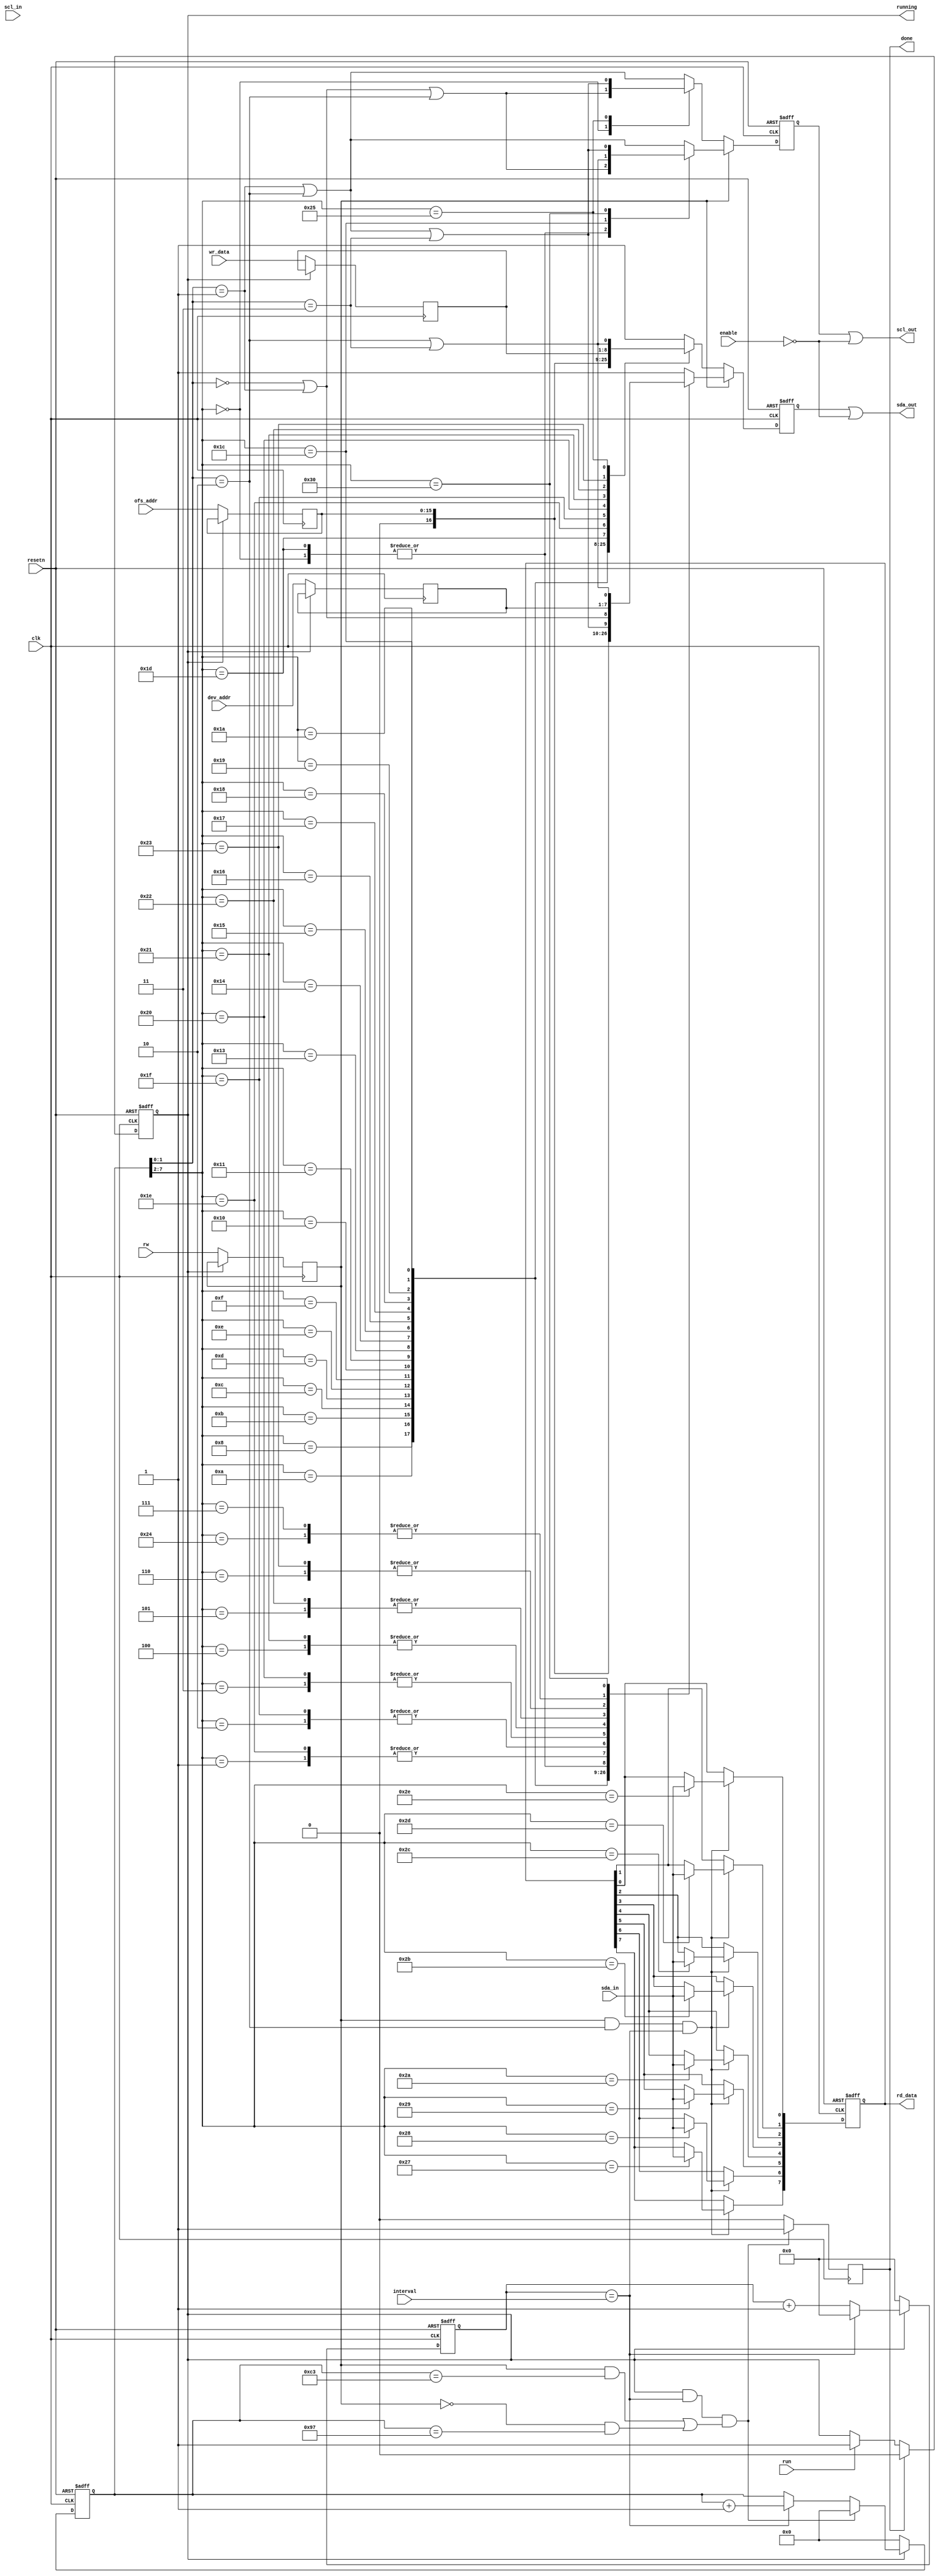
`timescale 1ns / 100ps

module lsc_i2cm_16(
input		clk,     	// clk 24MHz
input           enable,
input		rw,    		// read/write, 1:read, 0:write
input		run,    	// start (level sensitive for repeat run)
input   [5:0]   interval,
input	[6:0]	dev_addr, 
input	[15:0]	ofs_addr, 
input   [7:0]   wr_data,
input		scl_in, 
input		sda_in,  
output    	scl_out, 
output    	sda_out, 
output reg      running,
output reg	done,    	// done (pulse)
output reg [7:0]rd_data, 
input		resetn
);

reg	[5:0]	interval_cnt;
reg	[7:0]   main_cnt;
wire	[1:0]	tick_cnt;
wire	[5:0]	seq_cnt;
wire		tick;

reg	[6:0]	dev_addr_lat;
reg	[15:0]	ofs_addr_lat;
reg	[7:0]	wr_data_lat;
reg		rw_lat;

reg		r_scl_out;
reg		r_sda_out;

always @(posedge clk)
begin
    if(running != 1'b1) begin
	dev_addr_lat <= dev_addr;
	ofs_addr_lat <= ofs_addr;
	wr_data_lat  <= wr_data ;
	rw_lat       <= rw;
    end
end

always @(posedge clk or negedge resetn)
begin
    if(resetn == 1'b0)
	interval_cnt <= 6'b0;
    else if(running == 1'b0)
	interval_cnt <= 6'b0;
    else if(tick)
	interval_cnt <= 6'b0;
    else 
	interval_cnt <= interval_cnt + 6'b1;
end

assign tick = (interval_cnt == interval);

assign tick_cnt = main_cnt[1:0];
assign seq_cnt  = main_cnt[7:2];

always @(posedge clk or negedge resetn)
begin
    if(resetn == 1'b0)
	main_cnt <= 8'b0;
    else if(running == 1'b0)
	main_cnt <= 8'b0;
    else if(running && tick && (((rw_lat == 1'b1) && (main_cnt == 8'd195)) || ((rw_lat == 1'b0) && (main_cnt == 8'd151))))
	main_cnt <= 8'b0;
    else if(tick)
	main_cnt <= main_cnt + 8'd1;
end

always @(posedge clk or negedge resetn)
begin
    if(resetn == 1'b0) running <= 1'b0;
    else if(done)      running <= 1'b0;
    else if(run)       running <= 1'b1;
end

always @(posedge clk)
begin
    if(running && tick && (((rw_lat == 1'b1) && (main_cnt == 8'd195)) || ((rw_lat == 1'b0) && (main_cnt == 8'd151))))
	done <= 1'b1;
    else
	done <= 1'b0;
end

always @(posedge clk or negedge resetn)
begin
    if(resetn == 1'b0) 
	r_scl_out <= 1'b1;
    else if(rw_lat == 1'b1)
	case(seq_cnt)
	    6'd0, 6'd29: // start
		r_scl_out <= (tick_cnt == 2'd0) || (tick_cnt == 2'd1) || (tick_cnt == 2'd2);
	    6'd28: // restart
		r_scl_out <= (tick_cnt == 2'd2) || (tick_cnt == 2'd3);
	    6'd48: // stop
		r_scl_out <= (tick_cnt == 2'd1) || (tick_cnt == 2'd2) || (tick_cnt == 2'd3);
	    default: // normal bit, restart
		r_scl_out <= (tick_cnt == 2'd1) || (tick_cnt == 2'd2);
	endcase
    else case (seq_cnt)
	    6'd0: // start
		r_scl_out <= (tick_cnt == 2'd0) || (tick_cnt == 2'd1) || (tick_cnt == 2'd2);
	    6'd37: // stop
		r_scl_out <= (tick_cnt == 2'd1) || (tick_cnt == 2'd2) || (tick_cnt == 2'd3);
	    default: // normal bit
		r_scl_out <= (tick_cnt == 2'd1) || (tick_cnt == 2'd2);
	endcase
end

always @(posedge clk or negedge resetn)
begin
    if(resetn == 1'b0) 
	r_sda_out <= 1'b1;
    else if(rw_lat == 1'b1)
	case(seq_cnt)
	    6'd0: // start
		r_sda_out <= (tick_cnt == 2'd0) || (tick_cnt == 2'd1);
	    6'd1:
		r_sda_out <= dev_addr_lat[6];
	    6'd2:
		r_sda_out <= dev_addr_lat[5];
	    6'd3:
		r_sda_out <= dev_addr_lat[4];
	    6'd4:
		r_sda_out <= dev_addr_lat[3];
	    6'd5:
		r_sda_out <= dev_addr_lat[2];
	    6'd6:
		r_sda_out <= dev_addr_lat[1];
	    6'd7:
		r_sda_out <= dev_addr_lat[0];
	    6'd8: // rw - write
		r_sda_out <= 1'b0;
	    // d9: ack
	    6'd10:
		r_sda_out <= ofs_addr_lat[15];
	    6'd11:
		r_sda_out <= ofs_addr_lat[14];
	    6'd12:
		r_sda_out <= ofs_addr_lat[13];
	    6'd13:
		r_sda_out <= ofs_addr_lat[12];
	    6'd14:
		r_sda_out <= ofs_addr_lat[11];
	    6'd15:
		r_sda_out <= ofs_addr_lat[10];
	    6'd16:
		r_sda_out <= ofs_addr_lat[9];
	    6'd17:
		r_sda_out <= ofs_addr_lat[8];
	    // d18: ack
	    6'd19:
		r_sda_out <= ofs_addr_lat[7];
	    6'd20:
		r_sda_out <= ofs_addr_lat[6];
	    6'd21:
		r_sda_out <= ofs_addr_lat[5];
	    6'd22:
		r_sda_out <= ofs_addr_lat[4];
	    6'd23:
		r_sda_out <= ofs_addr_lat[3];
	    6'd24:
		r_sda_out <= ofs_addr_lat[2];
	    6'd25:
		r_sda_out <= ofs_addr_lat[1];
	    6'd26:
		r_sda_out <= ofs_addr_lat[0];
	    // d27: ack
	    6'd28: // restart
		r_sda_out <= (tick_cnt == 2'd1) || (tick_cnt == 2'd2) || (tick_cnt == 2'd3);
	    6'd29: // start
		r_sda_out <= (tick_cnt == 2'd0) || (tick_cnt == 2'd1);
	    6'd30:
		r_sda_out <= dev_addr_lat[6];
	    6'd31:
		r_sda_out <= dev_addr_lat[5];
	    6'd32:
		r_sda_out <= dev_addr_lat[4];
	    6'd33:
		r_sda_out <= dev_addr_lat[3];
	    6'd34:
		r_sda_out <= dev_addr_lat[2];
	    6'd35:
		r_sda_out <= dev_addr_lat[1];
	    6'd36:
		r_sda_out <= dev_addr_lat[0];
	    // d37: rw - read
	    // d38: ack
	    // d39 ~ 46: data read
	    // d47: ack_bar
	    6'd48: // stop
		r_sda_out <= (tick_cnt == 2'd2) || (tick_cnt == 2'd3);
	    default:
		r_sda_out <= 1'b1;
	endcase
    else case (seq_cnt)
	    6'd0: // start
		r_sda_out <= (tick_cnt == 2'd0) || (tick_cnt == 2'd1);
	    6'd1:
		r_sda_out <= dev_addr_lat[6];
	    6'd2:
		r_sda_out <= dev_addr_lat[5];
	    6'd3:
		r_sda_out <= dev_addr_lat[4];
	    6'd4:
		r_sda_out <= dev_addr_lat[3];
	    6'd5:
		r_sda_out <= dev_addr_lat[2];
	    6'd6:
		r_sda_out <= dev_addr_lat[1];
	    6'd7:
		r_sda_out <= dev_addr_lat[0];
	    6'd8: // rw - write
		r_sda_out <= 1'b0;
	    // d9: ack
	    6'd10:
		r_sda_out <= ofs_addr_lat[15];
	    6'd11:
		r_sda_out <= ofs_addr_lat[14];
	    6'd12:
		r_sda_out <= ofs_addr_lat[13];
	    6'd13:
		r_sda_out <= ofs_addr_lat[12];
	    6'd14:
		r_sda_out <= ofs_addr_lat[11];
	    6'd15:
		r_sda_out <= ofs_addr_lat[10];
	    6'd16:
		r_sda_out <= ofs_addr_lat[9];
	    6'd17:
		r_sda_out <= ofs_addr_lat[8];
	    // d18: ack
	    6'd19:
		r_sda_out <= ofs_addr_lat[7];
	    6'd20:
		r_sda_out <= ofs_addr_lat[6];
	    6'd21:
		r_sda_out <= ofs_addr_lat[5];
	    6'd22:
		r_sda_out <= ofs_addr_lat[4];
	    6'd23:
		r_sda_out <= ofs_addr_lat[3];
	    6'd24:
		r_sda_out <= ofs_addr_lat[2];
	    6'd25:
		r_sda_out <= ofs_addr_lat[1];
	    6'd26:
		r_sda_out <= ofs_addr_lat[0];
	    // d27: ack
	    6'd28:
		r_sda_out <= wr_data_lat[7];
	    6'd29:
		r_sda_out <= wr_data_lat[6];
	    6'd30:
		r_sda_out <= wr_data_lat[5];
	    6'd31:
		r_sda_out <= wr_data_lat[4];
	    6'd32:
		r_sda_out <= wr_data_lat[3];
	    6'd33:
		r_sda_out <= wr_data_lat[2];
	    6'd34:
		r_sda_out <= wr_data_lat[1];
	    6'd35:
		r_sda_out <= wr_data_lat[0];
	    // d36: ack
	    6'd37: // stop
		r_sda_out <= (tick_cnt == 2'd2) || (tick_cnt == 2'd3);
	    default:
		r_sda_out <= 1'b1;
	endcase
end

always @(posedge clk or negedge resetn)
begin
    if(resetn == 1'b0) rd_data <= 8'b0;
    else if((rw_lat == 1'b1) && (tick_cnt == 2'd2) && tick)
	case(seq_cnt)
	    6'd39:
		rd_data[7] <= sda_in;
	    6'd40:
		rd_data[6] <= sda_in;
	    6'd41:
		rd_data[5] <= sda_in;
	    6'd42:
		rd_data[4] <= sda_in;
	    6'd43:
		rd_data[3] <= sda_in;
	    6'd44:
		rd_data[2] <= sda_in;
	    6'd45:
		rd_data[1] <= sda_in;
	    6'd46:
		rd_data[0] <= sda_in;
	endcase
end

assign scl_out = r_scl_out | (!enable);
assign sda_out = r_sda_out | (!enable);

endmodule